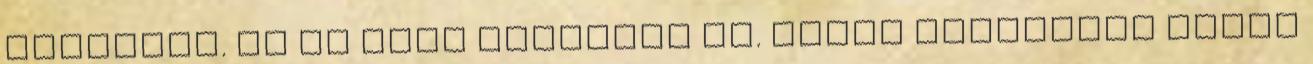
keresnie. És ez neki sikerült is. Egyes esetekben annyi